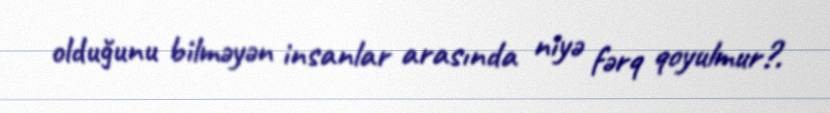
olduğunu bilməyən insanlar arasında niyə fərq qoyulmur?.